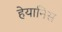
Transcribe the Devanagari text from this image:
हेयानिस